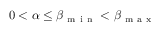
0 < \alpha \leq \beta _ { \mathrm { ~ m ~ i ~ n ~ } } < \beta _ { \mathrm { ~ m ~ a ~ x ~ } }